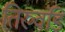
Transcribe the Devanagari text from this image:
तिरुवंडि